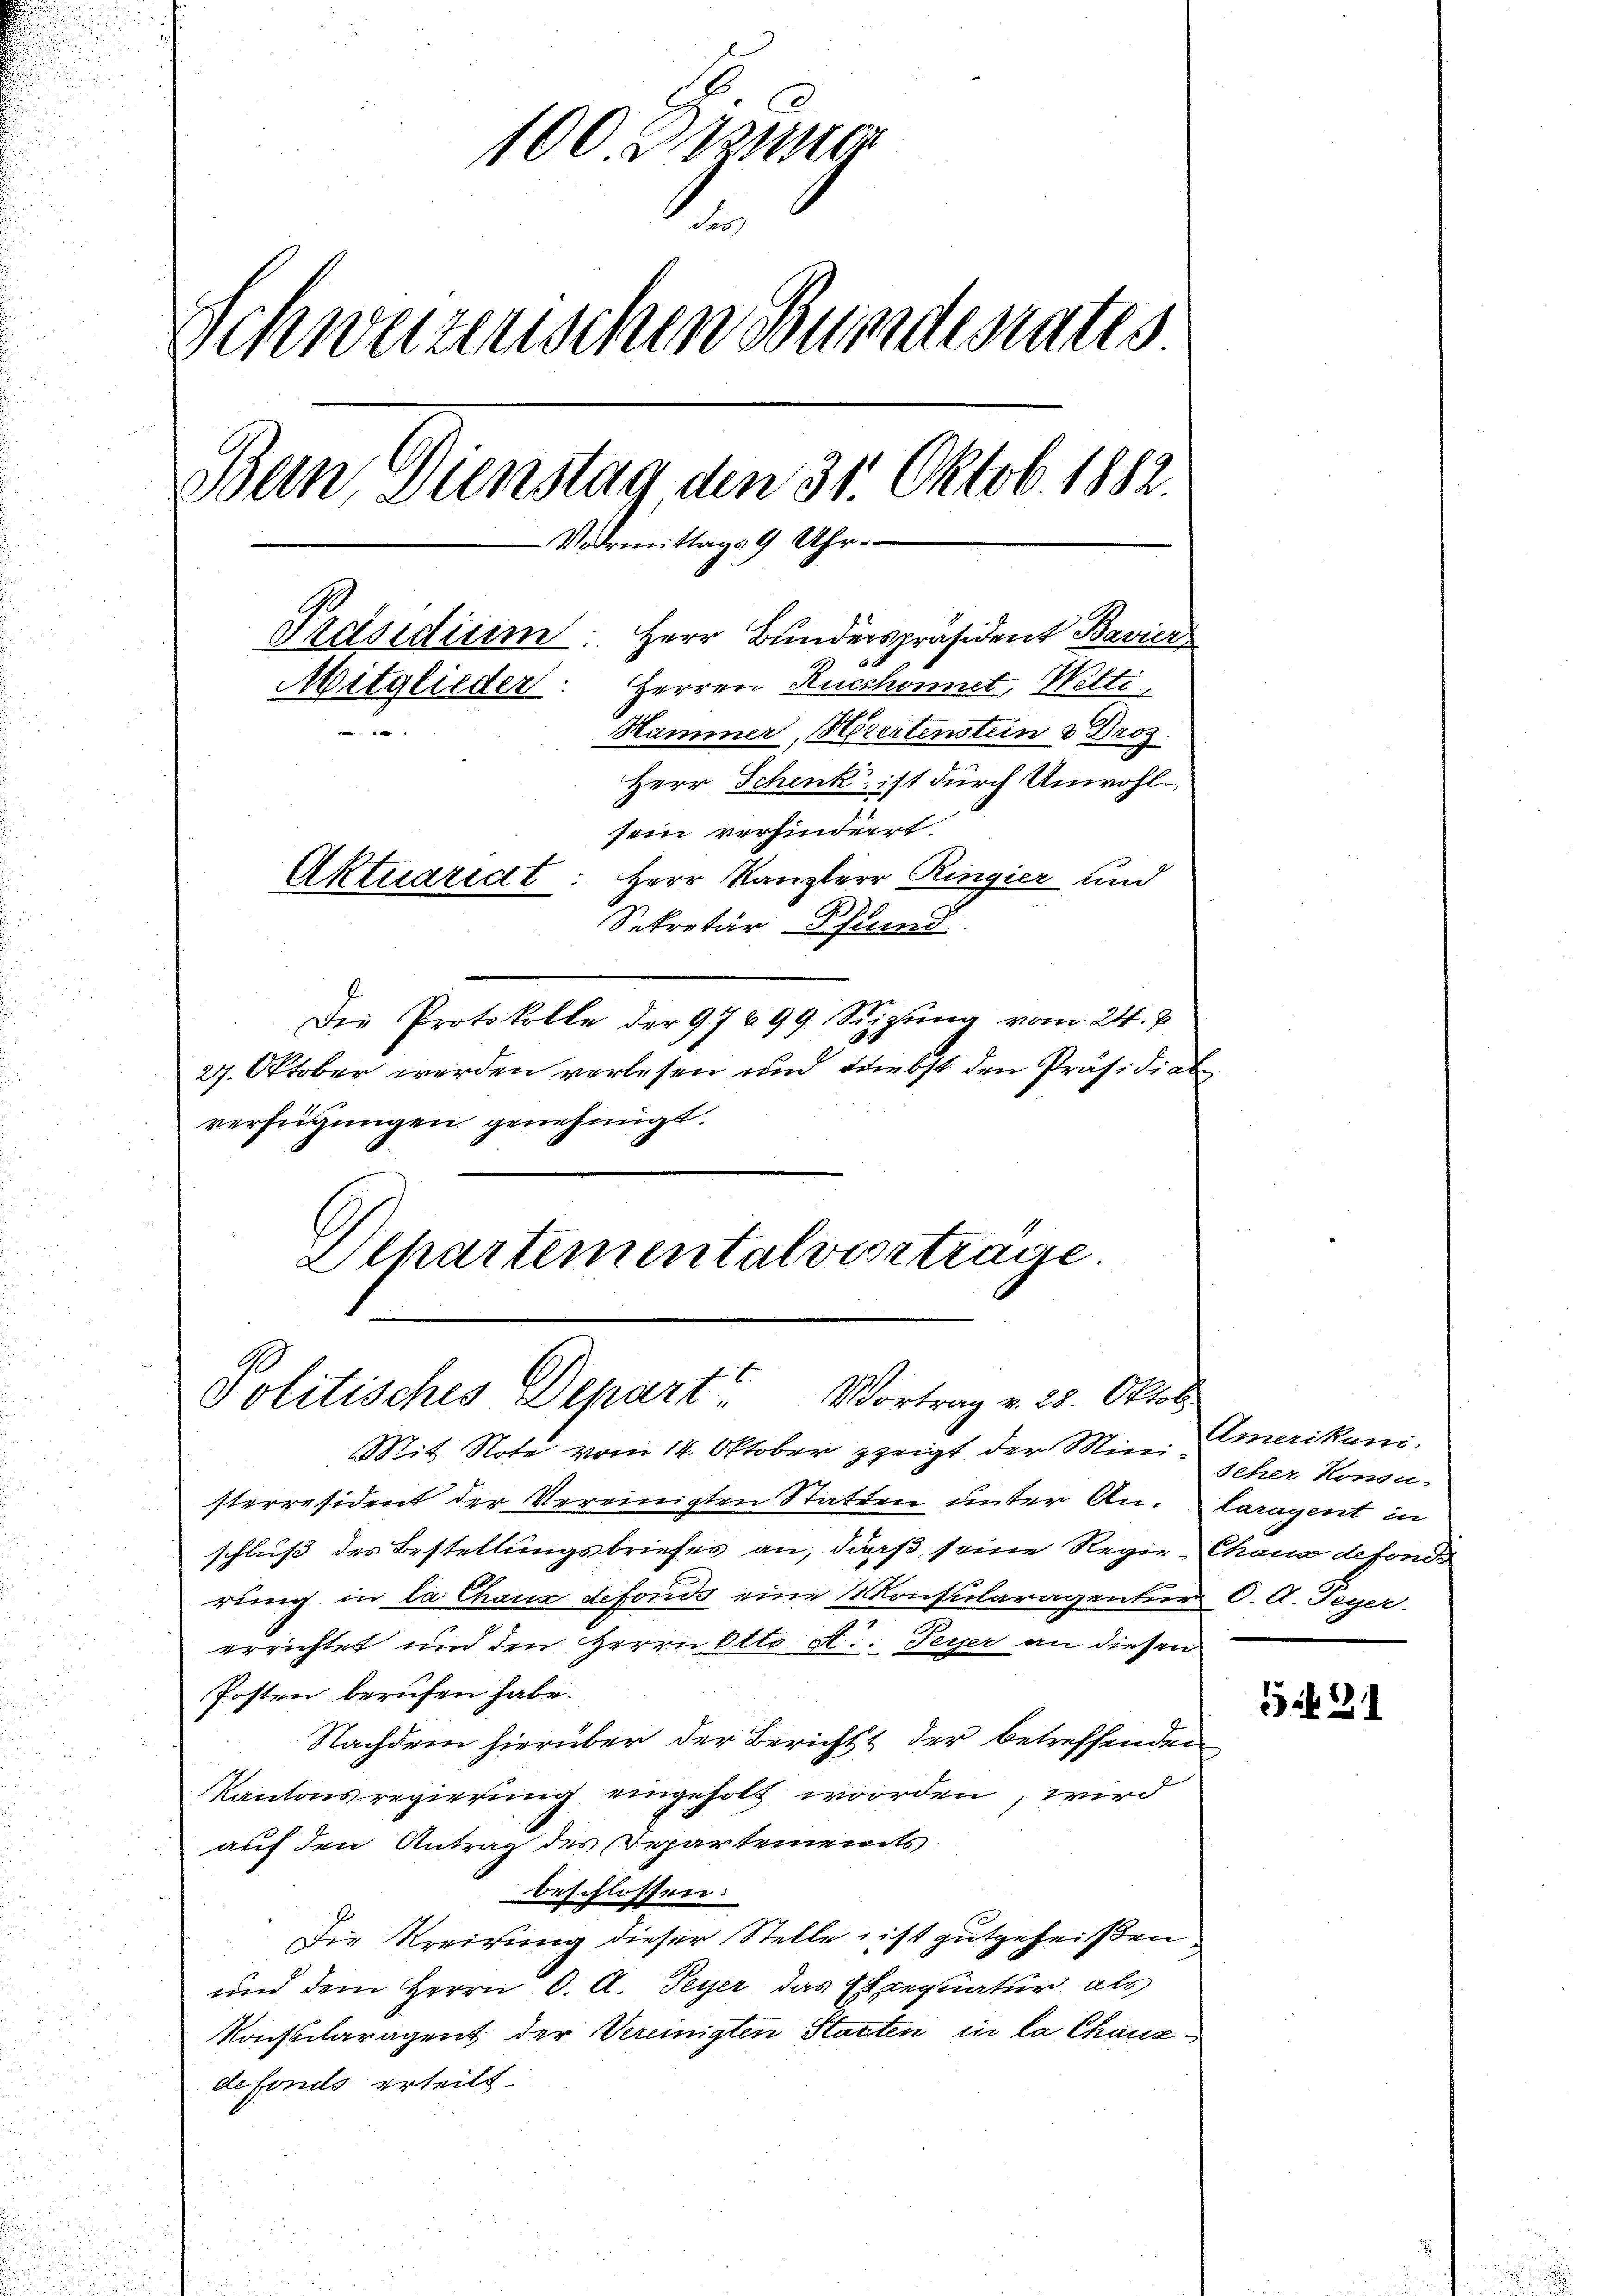
100. Dieziner
2
Schweizerischen Bundesrates
Bern, Dienstag, den 31. Oktob. 1882.
-Vormittags 9 Uhr.
Präsidium: Herr Bunderspräsident Bavier
Mitglieder: Herren Ruchonnet, Welti
.
Hammer, Hiiertenstein & Dros
Herr Schenk, ist durch Unwohlsein verhindert.
Aktuariat: Herr Kanzlerr Ringier und
Sekretär Pfund
Die Protokolle der 97699 Seizŭng vom 24. J
27. Oktober werden verlesen und Diebst den Präsidial
verfügungen genehmigt.

Alhartementalvertrage.
Politisches Depart Vortrag v. 25. Oktob

Mit Note vom 14. Oktober zeigt der Minischer Konsusterresident der Vereinigten Statten unter An. Claragent in
schluß des Bestellungsbriefes an, daß seine Regie-Chana defondo
rung in la Chaux defonds eine Konsularagentur C. A. Peyer
errichtet und den HHerrn Otto A.. Peyer an diesen
Posten berufen habe.
Nachdem hierüber der Bericht der betreffenden
Kantonsregierung eingeholt worden, wird
auf den Antrag des Departements
beschlossen:
Die Kreisung dieser Stelle ist gutgeheißen
und dem Herrn C. A. Peyer das Exequatur, als
Konsularagent der Vereinigten Staaten in la Chänzdefonis erteilt.

Amerikani.

531